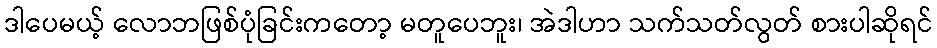
ဒါပေမယ့် လောဘဖြစ်ပုံခြင်းကတော့ မတူပေဘူး၊ အဲဒါဟာ သက်သတ်လွတ် စားပါဆိုရင်